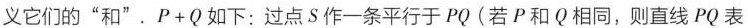
义它们的”和”。$$P + Q$$如下：过点S作一条平行于PQ(若P和Q相同，则直线PQ表